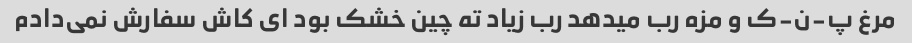
مرغ پ-ن-ک و مزه رب میدهد رب زیاد ته چین خشک بود ای کاش سفارش نمی‌دادم